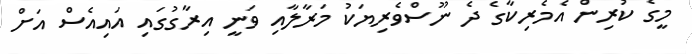
މީގެ ކުރިން އެމެރިކާގެ ދެ ނޫސްވެރިޔަކު މަރާލާއި ވަނީ އިރާގުގައި އައިއެސް އަށް